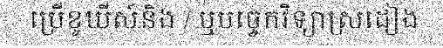
ប្រើខូឃីស៍និង / ឬបច្ចេកវិទ្យាស្រដៀង